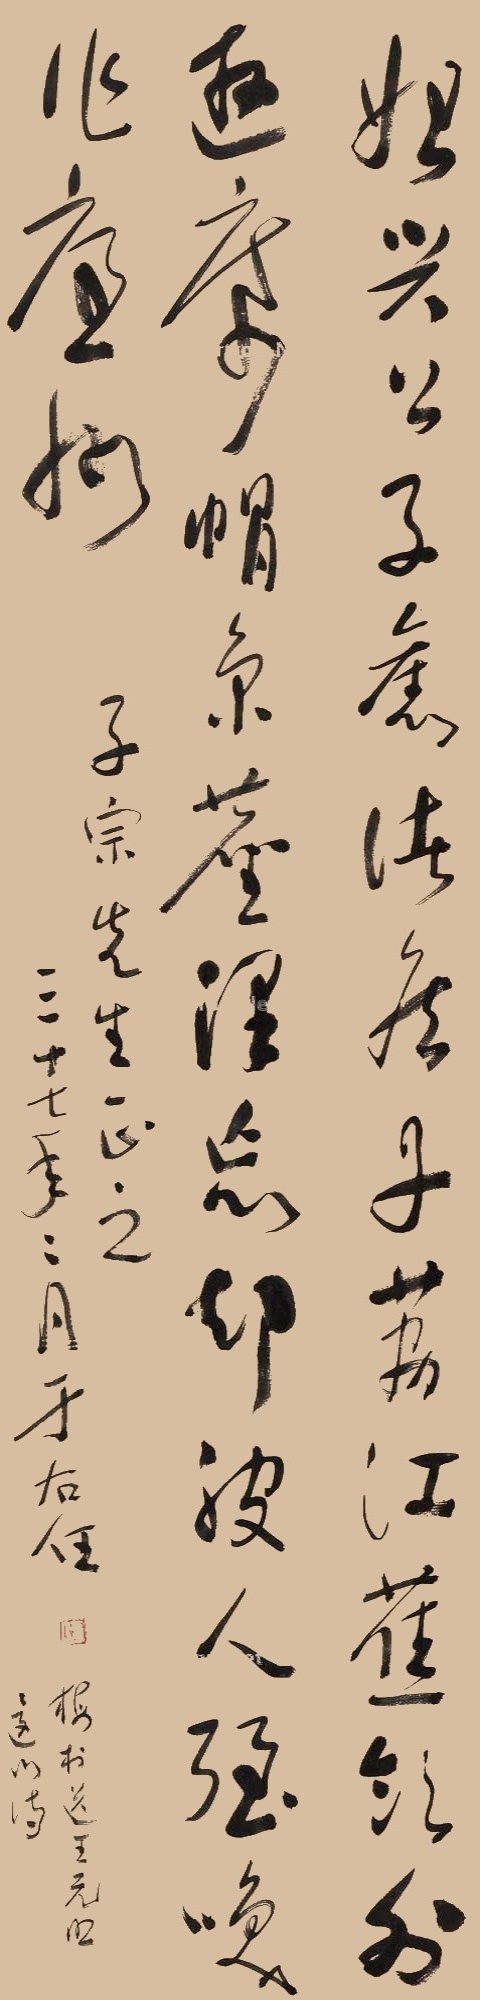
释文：始兴公子旧诸侯，丹荔红蕉岭外游。席帽京尘浑忘却，被人强唤作廉州。子宗先生正之，三十七年二月，于右任。梅村送王元照还山诗。